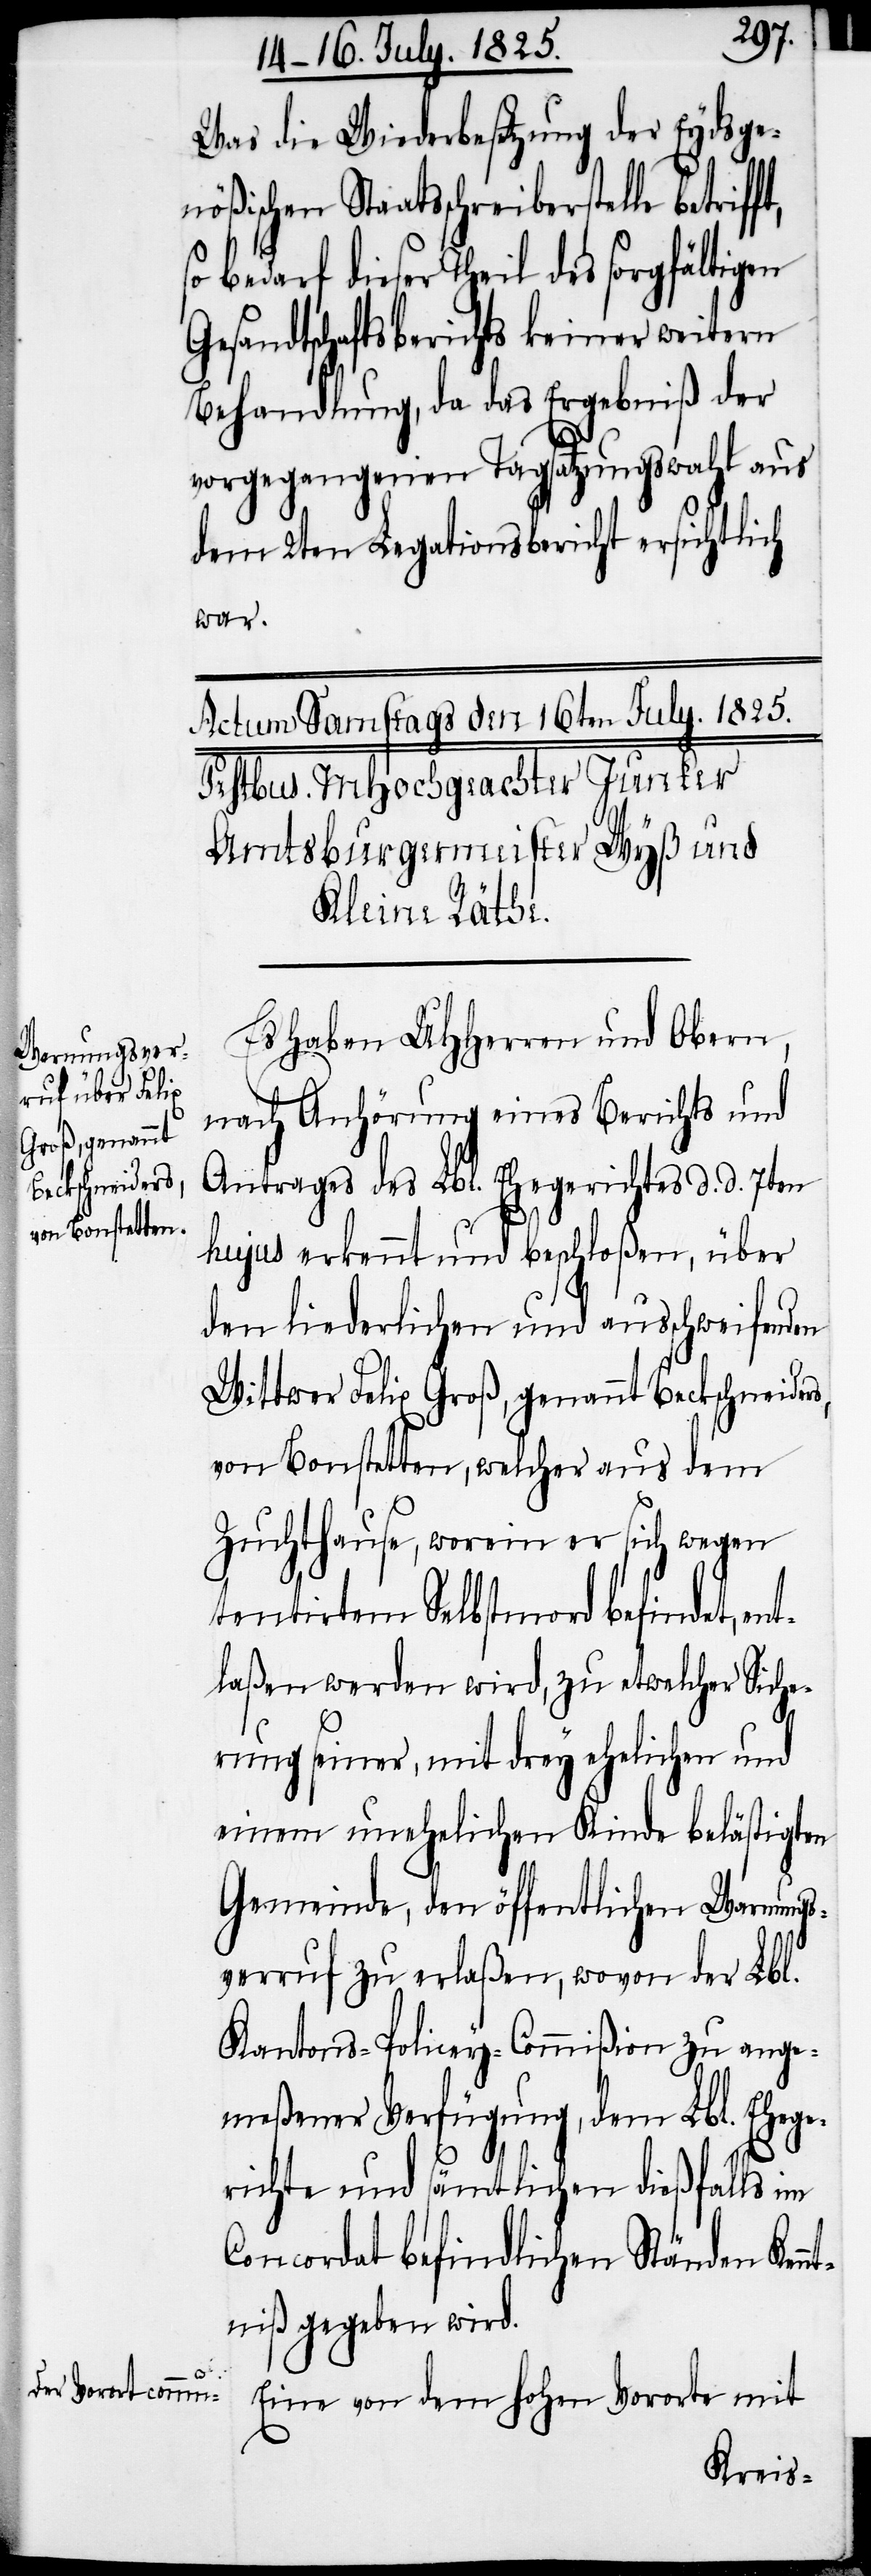
Was die Wiederbesetzung der Eydsge¬
rs,
nößischen Staatsschreiberstelle betrif¬
so bedarf dieser Theil des sorgfältigen
Gesandtschaftsberichts keiner weitern
Behandlung, da das Ergebniß der
vorgegangenen Tagsatzungswahl aus
dem 2ten Legationsbericht ersichtlich
en¬
Es haben UHHerren und Obern,
nach Anhörung eines Berichts und
Antrages des Lbl. Ehegerichtes d. d. 7ten
hujus erkennt und beschloßen, über
den liederlichen und ausschweifenden
Wittwer Felix Groß, genannt Beckschneide¬
von Bonstetten, welcher aus dem
Zuchthause, worein er sich wegen
tentirtem Selbstmord befindet,
tlaßen werden wird, zu etwelcher Siche¬
rung seiner, mit drey ehelichen und
einem unehelichen Kinde belästigten
Gemeinde, den öffentlichen Warnungs¬
verrruf zu erlaßen, wovon der Lbl.
Kantons-Policey-Commißion zu ange¬
meßener Verfügung, dem Lbl. Ehege¬
richte und sämtlichen dießfalls im
Concordat befindlichen Ständen Ken¬
ntniß gegeben wird.
Eine von dem hohen Vororte mit